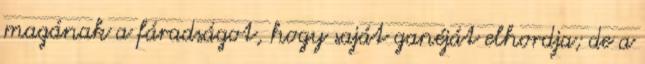
magának a fáradságot, hogy saját ganéját elhordja; de a